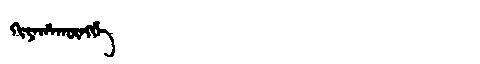
Manchu: ᡴᡳᠶᠠᡥᠠᡴᡡᠩᡤᡝ
Romanization: KIYAHAKŪNGGE